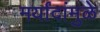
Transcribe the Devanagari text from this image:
मर्यांदांमुळे